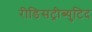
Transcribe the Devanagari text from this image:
रीडिसट्रीब्युटिद